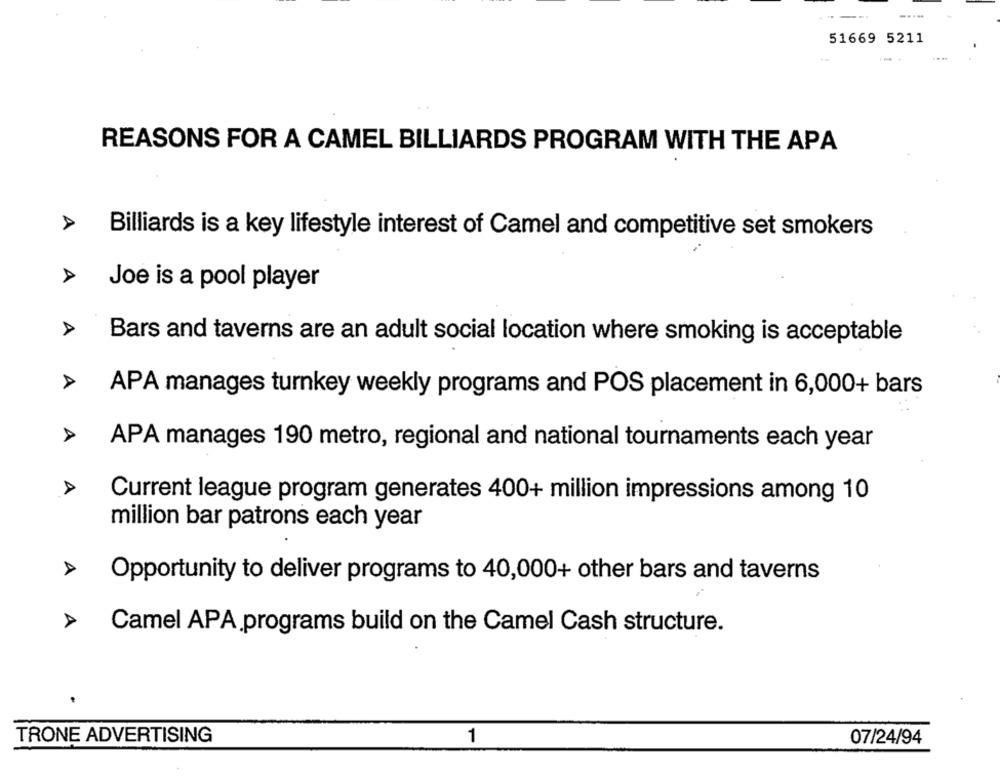
51669 5211
REASONS FOR A CAMEL BILLIARDS PROGRAM WITH THE APA
Billiards is a key lifestyle interest of Camel and competitive set smokers
Joe is a pool player
Bars and taverns are an adult social location where smoking is acceptable
A
APA manages turnkey weekly programs and POS placement in 6,000+ bars
APA manages 190 metro, regional and national tournaments each year
A
Current league program generates 400+ million impressions among 10
million bar patrons each year
Opportunity to deliver programs to 40,000+ other bars and taverns
Camel APA programs build on the Camel Cash structure.
TRONE ADVERTISING
1
07/24/94